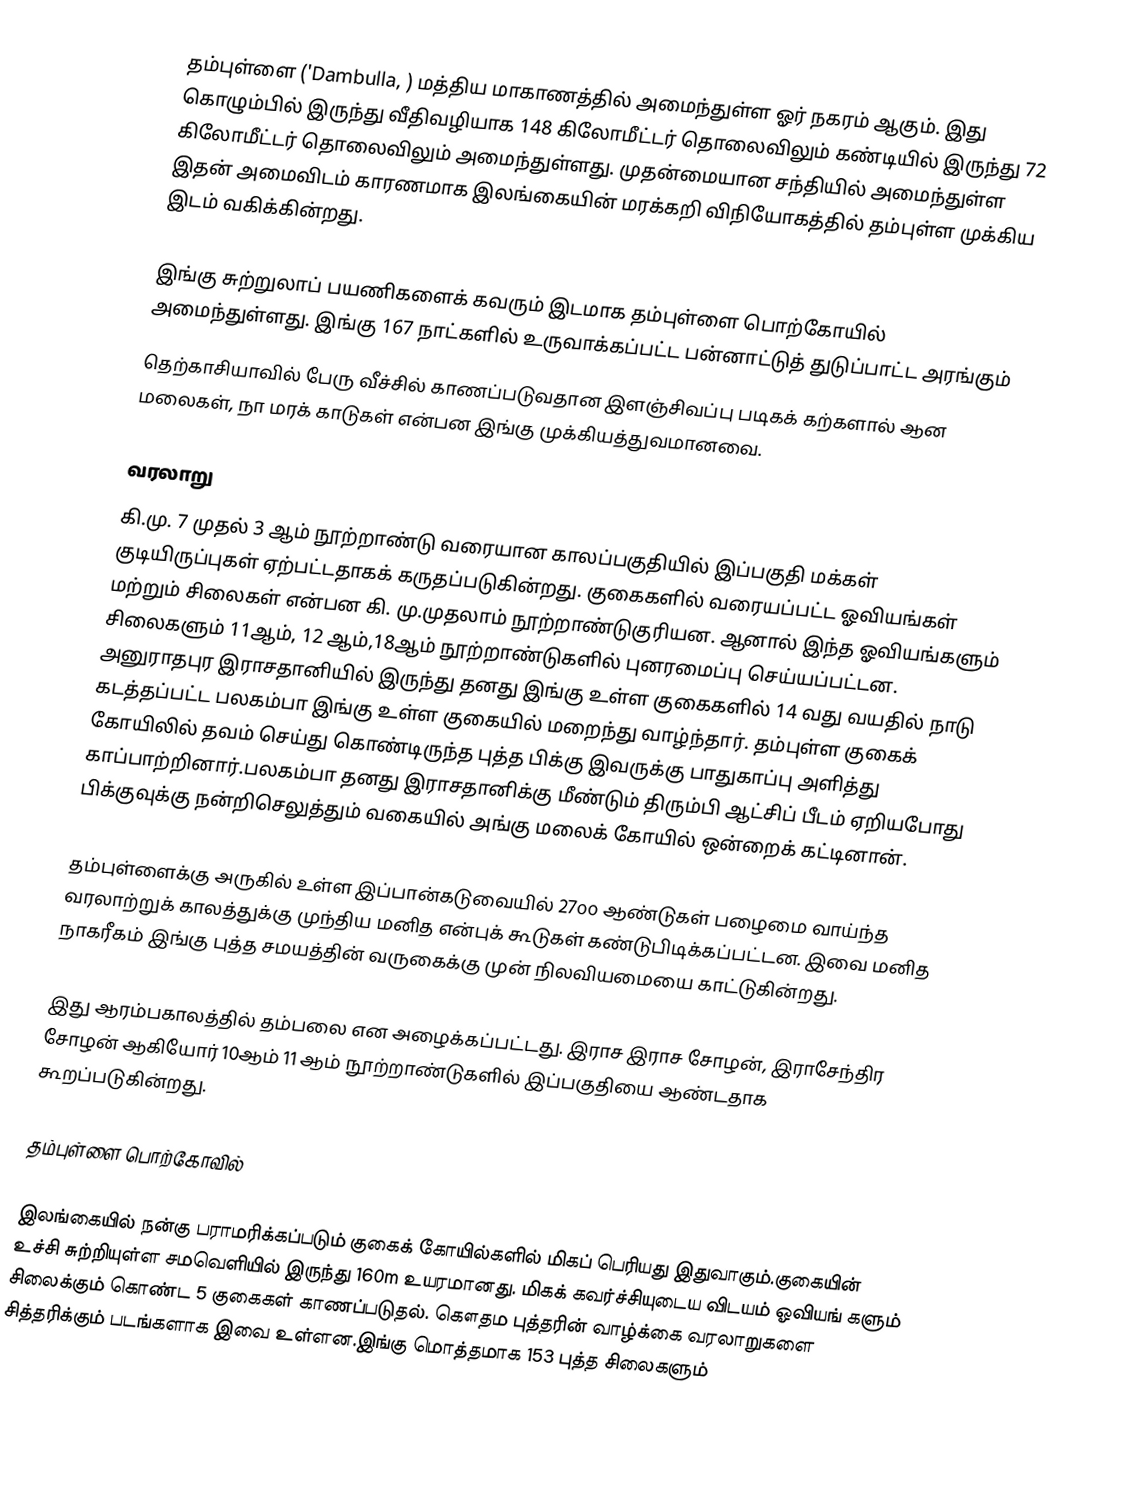
தம்புள்ளை ('Dambulla, ) மத்திய மாகாணத்தில் அமைந்துள்ள ஓர் நகரம் ஆகும். இது கொழும்பில் இருந்து வீதிவழியாக 148 கிலோமீட்டர் தொலைவிலும் கண்டியில் இருந்து 72 கிலோமீட்டர் தொலைவிலும் அமைந்துள்ளது. முதன்மையான சந்தியில் அமைந்துள்ள இதன் அமைவிடம் காரணமாக இலங்கையின் மரக்கறி விநியோகத்தில் தம்புள்ள முக்கிய இடம் வகிக்கின்றது.

இங்கு சுற்றுலாப் பயணிகளைக் கவரும் இடமாக தம்புள்ளை பொற்கோயில் அமைந்துள்ளது. இங்கு 167 நாட்களில் உருவாக்கப்பட்ட பன்னாட்டுத் துடுப்பாட்ட அரங்கும்
தெற்காசியாவில் பேரு வீச்சில் காணப்படுவதான இளஞ்சிவப்பு படிகக் கற்களால் ஆன மலைகள், நா மரக் காடுகள் என்பன இங்கு முக்கியத்துவமானவை.

வரலாறு
கி.மு. 7 முதல் 3 ஆம் நூற்றாண்டு வரையான  காலப்பகுதியில் இப்பகுதி மக்கள் குடியிருப்புகள் ஏற்பட்டதாகக் கருதப்படுகின்றது. குகைகளில் வரையப்பட்ட  ஓவியங்கள் மற்றும் சிலைகள் என்பன கி. மு.முதலாம் நூற்றாண்டுகுரியன. ஆனால் இந்த ஓவியங்களும் சிலைகளும் 11ஆம், 12 ஆம்,18ஆம் நூற்றாண்டுகளில் புனரமைப்பு செய்யப்பட்டன. அனுராதபுர இராசதானியில் இருந்து தனது இங்கு உள்ள குகைகளில் 14 வது வயதில் நாடு கடத்தப்பட்ட பலகம்பா இங்கு உள்ள குகையில் மறைந்து வாழ்ந்தார்.  தம்புள்ள குகைக் கோயிலில் தவம் செய்து கொண்டிருந்த புத்த பிக்கு இவருக்கு பாதுகாப்பு அளித்து காப்பாற்றினார்.பலகம்பா தனது இராசதானிக்கு மீண்டும் திரும்பி ஆட்சிப் பீடம் ஏறியபோது பிக்குவுக்கு நன்றிசெலுத்தும் வகையில் அங்கு மலைக் கோயில் ஒன்றைக் கட்டினான்.

தம்புள்ளைக்கு அருகில் உள்ள இப்பான்கடுவையில் 27௦௦  ஆண்டுகள் பழைமை வாய்ந்த வரலாற்றுக் காலத்துக்கு முந்திய மனித என்புக் கூடுகள் கண்டுபிடிக்கப்பட்டன. இவை மனித நாகரீகம் இங்கு புத்த சமயத்தின் வருகைக்கு முன் நிலவியமையை காட்டுகின்றது.

இது ஆரம்பகாலத்தில் தம்பலை என அழைக்கப்பட்டது. இராச இராச சோழன், இராசேந்திர சோழன் ஆகியோர் 10ஆம் 11 ஆம் நூற்றாண்டுகளில்  இப்பகுதியை ஆண்டதாக கூறப்படுகின்றது.

தம்புள்ளை பொற்கோவில்

இலங்கையில் நன்கு பராமரிக்கப்படும் குகைக் கோயில்களில் மிகப் பெரியது இதுவாகும்.குகையின் உச்சி சுற்றியுள்ள சமவெளியில் இருந்து 160m உயரமானது. மிகக் கவர்ச்சியுடைய விடயம் ஓவியங் களும் சிலைக்கும் கொண்ட 5 குகைகள் காணப்படுதல். கௌதம புத்தரின் வாழ்க்கை வரலாறுகளை சித்தரிக்கும் படங்களாக இவை உள்ளன.இங்கு மொத்தமாக 153 புத்த சிலைகளும்